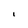
Character: 1